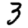
Digit: 3